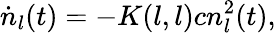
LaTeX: \dot{n}_{l}(t)=-K(l,l)cn_{l}^{2}(t),